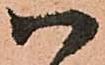
以